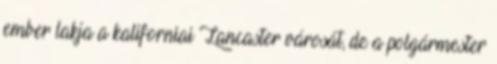
ember lakja a kaliforniai Lancaster városát, de a polgármester